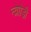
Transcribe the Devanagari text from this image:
न्व्रेाोड़ी